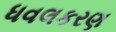
ધવલકરણ